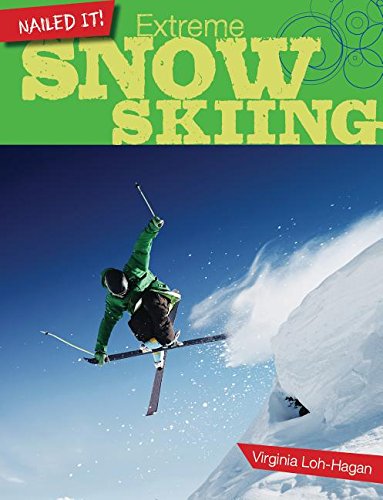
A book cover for Extreme Snow Skiing (Nailed It!); Virginia Loh-Hagan; Children's Books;